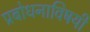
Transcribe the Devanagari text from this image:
प्रबोधनाविषयी